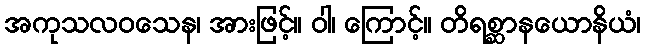
အကုသလဝသေန၊ အားဖြင့်။ ဝါ၊ ကြောင့်။ တိရစ္ဆာနယောနိယံ၊